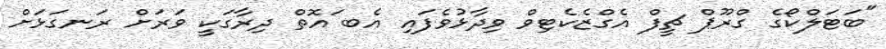
"ބަޓަލްކޯގެ ގްރޫޕް ޗީފް އެގްޒެކެޓިވް ވިދާޅުވެފައި އެބ ައޮތް ދިރާގަކީ ވަރަށް ރަނގަޅަށް